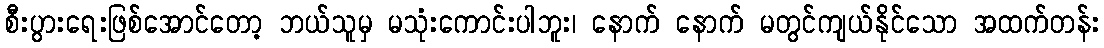
စီးပွားရေးဖြစ်အောင်တော့ ဘယ်သူမှ မသုံးကောင်းပါဘူး၊ နောက် နောက် မတွင်ကျယ်နိုင်သော အထက်တန်း